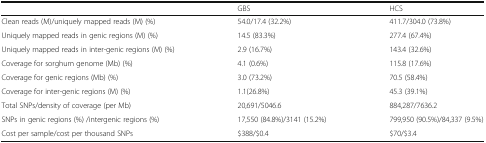
|  | GBS | HCS |
 | --- | --- | --- |
 | Clean reads (M)/uniquely mapped reads (M) (%) | 54.0/17.4 (32.2%) | 411.7/304.0 (73.8%) |
 | Uniquely mapped reads in genic regions (M) (%) | 14.5 (83.3%) | 277.4 (67.4%) |
 | Uniquely mapped reads in inter-genic regions (M) (%) | 2.9 (16.7%) | 143.4 (32.6%) |
 | Coverage for sorghum genome (Mb) (%) | 4.1 (0.6%) | 115.8 (17.6%) |
 | Coverage for genic regions (Mb) (%) | 3.0 (73.2%) | 70.5 (58.4%) |
 | Coverage for inter-genic regions (M) (%) | 1.1(26.8%) | 45.3 (39.1%) |
 | Total SNPs/density of coverage (per Mb) | 20,691/5046.6 | 884,287/7636.2 |
 | SNPs in genic regions (%) /intergenic regions (%) | 17,550 (84.8%)/3141 (15.2%) | 799,950 (90.5%)/84,337 (9.5%) |
 | Cost per sample/cost per thousand SNPs | $388/$0.4 | $70/$3.4 |